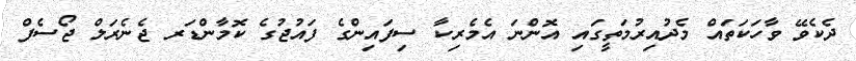
ދެކެވޭ ވާހަކަތައް މެދުއިރުމަތީގައި އޮންނަ އެމެރިކާ ސިފައިންގެ ފައުޖުގެ ކޮމާންޑަރ ޖެނެރަލް ޖޯސެފް